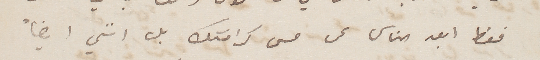
فقط ابعد الناس عن مس كرامتك بل انني ايضاً